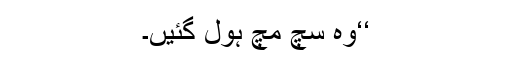
‘‘وہ سچ مچ ہول گئیں۔